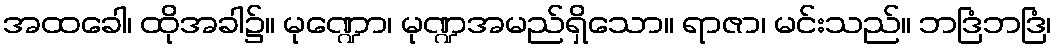
အထခေါ၊ ထိုအခါ၌။ မုဏ္ဍော၊ မုဏ္ဍအမည်ရှိသော။ ရာဇာ၊ မင်းသည်။ ဘဒြံဘဒြံ၊